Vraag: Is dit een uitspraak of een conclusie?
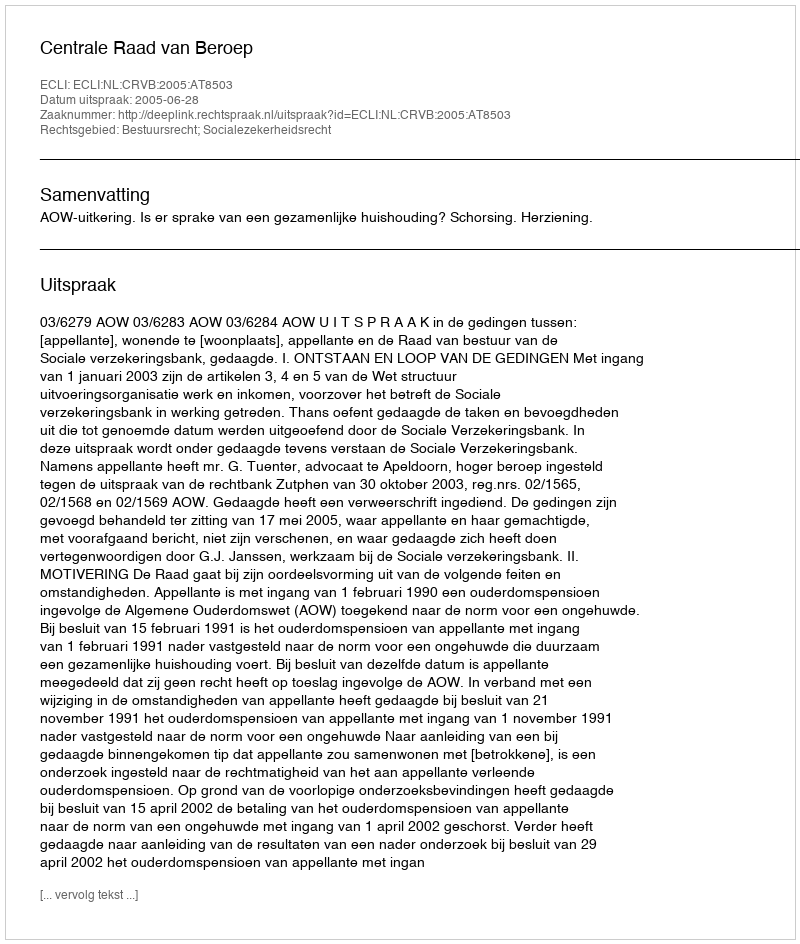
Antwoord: Uitspraak